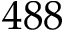
4 8 8